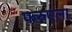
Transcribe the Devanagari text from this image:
फरुएला